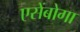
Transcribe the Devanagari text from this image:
एसेंबोगा